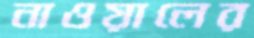
নাওয়ালের